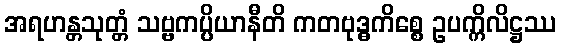
အရဟန္တသုတ္တံ သဗ္ဗကပ္ပိယာနီတိ ကတဗုဒ္ဓကိစ္စေ ဥပက္ကိလိဋ္ဌဿ